Manual of the Civil Veterinary Department, Central Provinces and Berar
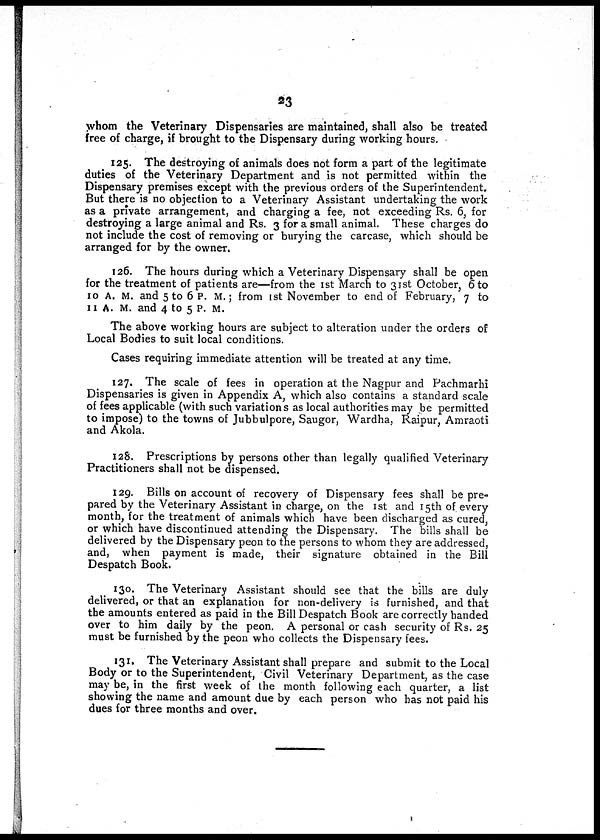
23
whom the Veterinary Dispensaries are maintained, shall also be treated
free of charge, if brought to the Dispensary during working hours.
125. The destroying of animals does not form a part of the legitimate
duties of the Veterinary Department and is not permitted within the
Dispensary premises except with the previous orders of the Superintendent.
But there is no objection to a Veterinary Assistant undertaking the work
as a private arrangement, and charging a fee, not exceeding Rs. 6, for
destroying a large animal and Rs. 3 for a small animal. These charges do
not include the cost of removing or burying the carcase, which should be
arranged for by the owner.
126. The hours during which a Veterinary Dispensary shall be open
for the treatment of patients are—from the 1st March to 31st October, 6 to
10 A. M. and 5 to 6 P. M.; from 1st November to end of February, 7 to
11 A. M. and 4 to 5 P. M.
The above working hours are subject to alteration under the orders of
Local Bodies to suit local conditions.
Cases requiring immediate attention will be treated at any time.
127. The scale of fees in operation at the Nagpur and Pachmarhi
Dispensaries is given in Appendix A, which also contains a standard scale
of fees applicable (with such variations as local authorities may be permitted
to impose) to the towns of Jubbulpore, Saugor, Wardha, Raipur, Amraoti
and Akola.
128. Prescriptions by persons other than legally qualified Veterinary
Practitioners shall not be dispensed.
129. Bills on account of recovery of Dispensary fees shall be pre-
pared by the Veterinary Assistant in charge, on the 1st and 15th of every
month, for the treatment of animals which have been discharged as cured,
or which have discontinued attending the Dispensary. The bills shall be
delivered by the Dispensary peon to the persons to whom they are addressed,
and, when payment is made, their signature obtained in the Bill
Despatch Book.
130. The Veterinary Assistant should see that the bills are duly
delivered, or that an explanation for non-delivery is furnished, and that
the amounts entered as paid in the Bill Despatch Book are correctly handed
over to him daily by the peon. A personal or cash security of Rs. 25
must be furnished by the peon who collects the Dispensary fees.
131. The Veterinary Assistant shall prepare and submit to the Local
Body or to the Superintendent, Civil Veterinary Department, as the case
may be, in the first week of the month following each quarter, a list
showing the name and amount due by each person who has not paid his
dues for three months and over.